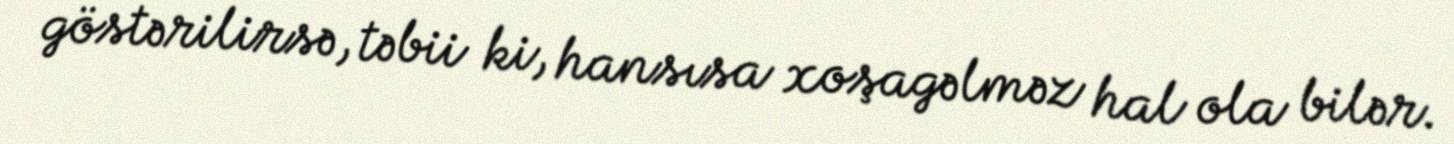
göstərilirsə, təbii ki, hansısa xoşagəlməz hal ola bilər.